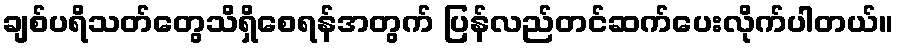
ချစ်ပရိသတ်တွေသိရှိစေရန်အတွက် ပြန်လည်တင်ဆက်ပေးလိုက်ပါတယ်။